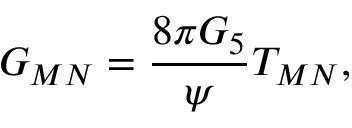
{ \cal G } _ { M N } = { \frac { 8 \pi G _ { 5 } } { \psi } } { \cal T } _ { M N } ,